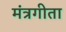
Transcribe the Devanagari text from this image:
मंत्रगीता